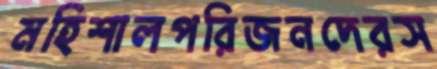
মহিশালপরিজনদেরস